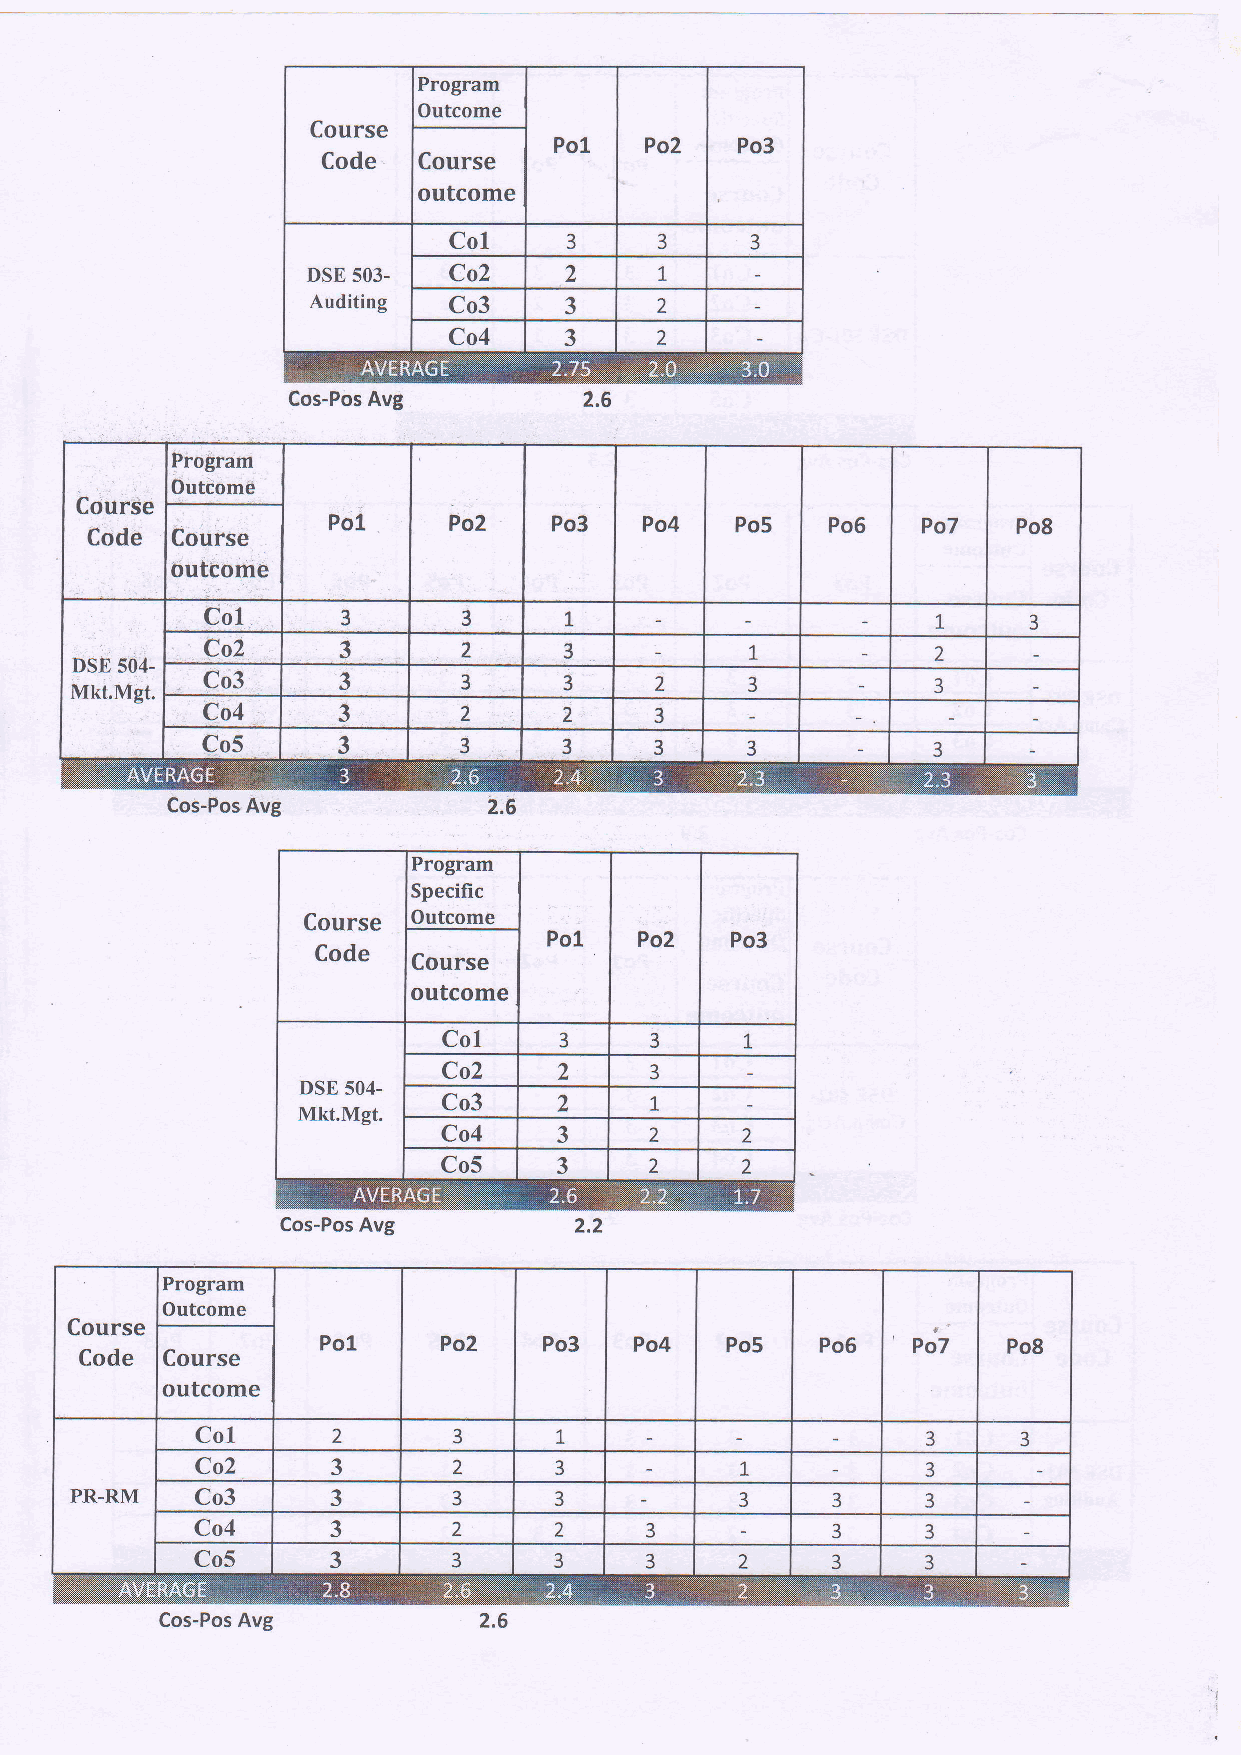
Course
 outcome
 Cos-Pos Avg
 PfoSram
 Outcome
 CourSe
 Pol     Po2    Po3   Po4   Po5   Po6   Po7   Po8
 Code Course
 tiuttome
 Co1      3       3     1                        1.    3
 Co2     3        2     3            I           2
 DSE s04-
 Mkt.Mgt. Co3     3        3     3     2      3           3
 Co4     3        2     2     3
 Co5      3       3      3     3     3            3
 Cos-Pos Avg
 Program
 Specific
 Outcome
 Cos-Pos Avg
 Program
 Outcome
 Course
 't'
 Po1     Po2    Po3   Po4   Po5   Po6   Po7    Po8
 Code  Course
 outcome
 Col      2       3      1                       3      3
 Co2      J       2      3           L           3
 -
 PR-RM   Co3      J       3      3           3     3     3
 Co4      3       2      L     3           3     3
 Co5      3       3      3     3     2     3     3
 Cos-Pos Avg          2.6